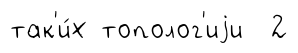
так'и́х тополог'иjи 2